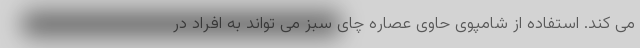
می کند. استفاده از شامپوی حاوی عصاره چای سبز می تواند به افراد در